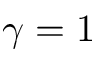
\gamma = 1